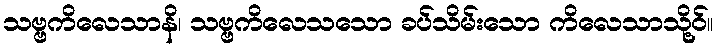
သဗ္ဗကိလေသာနိ၊ သဗ္ဗကိလေသသော ခပ်သိမ်းသော ကိလေသာသို့ဝ်။